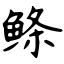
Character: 鲦